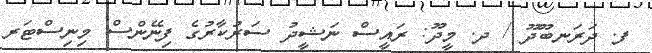
ފ. ދަރަނބޫދޫ / ދ. މީދޫ: ރައީސް ނަޝީދު ސަރުކާރުގެ ފިނޭންސް މިނިސްޓަރ